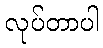
လုပ်တာပါ